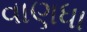
વાણધા